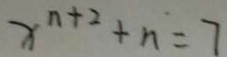
x ^ { n + 2 } + n = 7